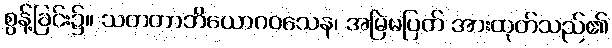
စွန့်ခြင်း၌။ သတတာဘိယောဂဝသေန၊ အမြဲမပြတ် အားထုတ်သည်၏